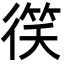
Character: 𫹠